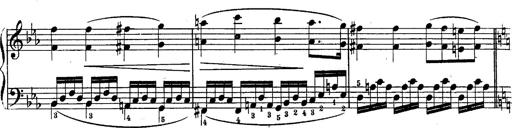
Title: Schubert's Impromptus [revised and edited by Franz Liszt]
Composer: Franz Liszt